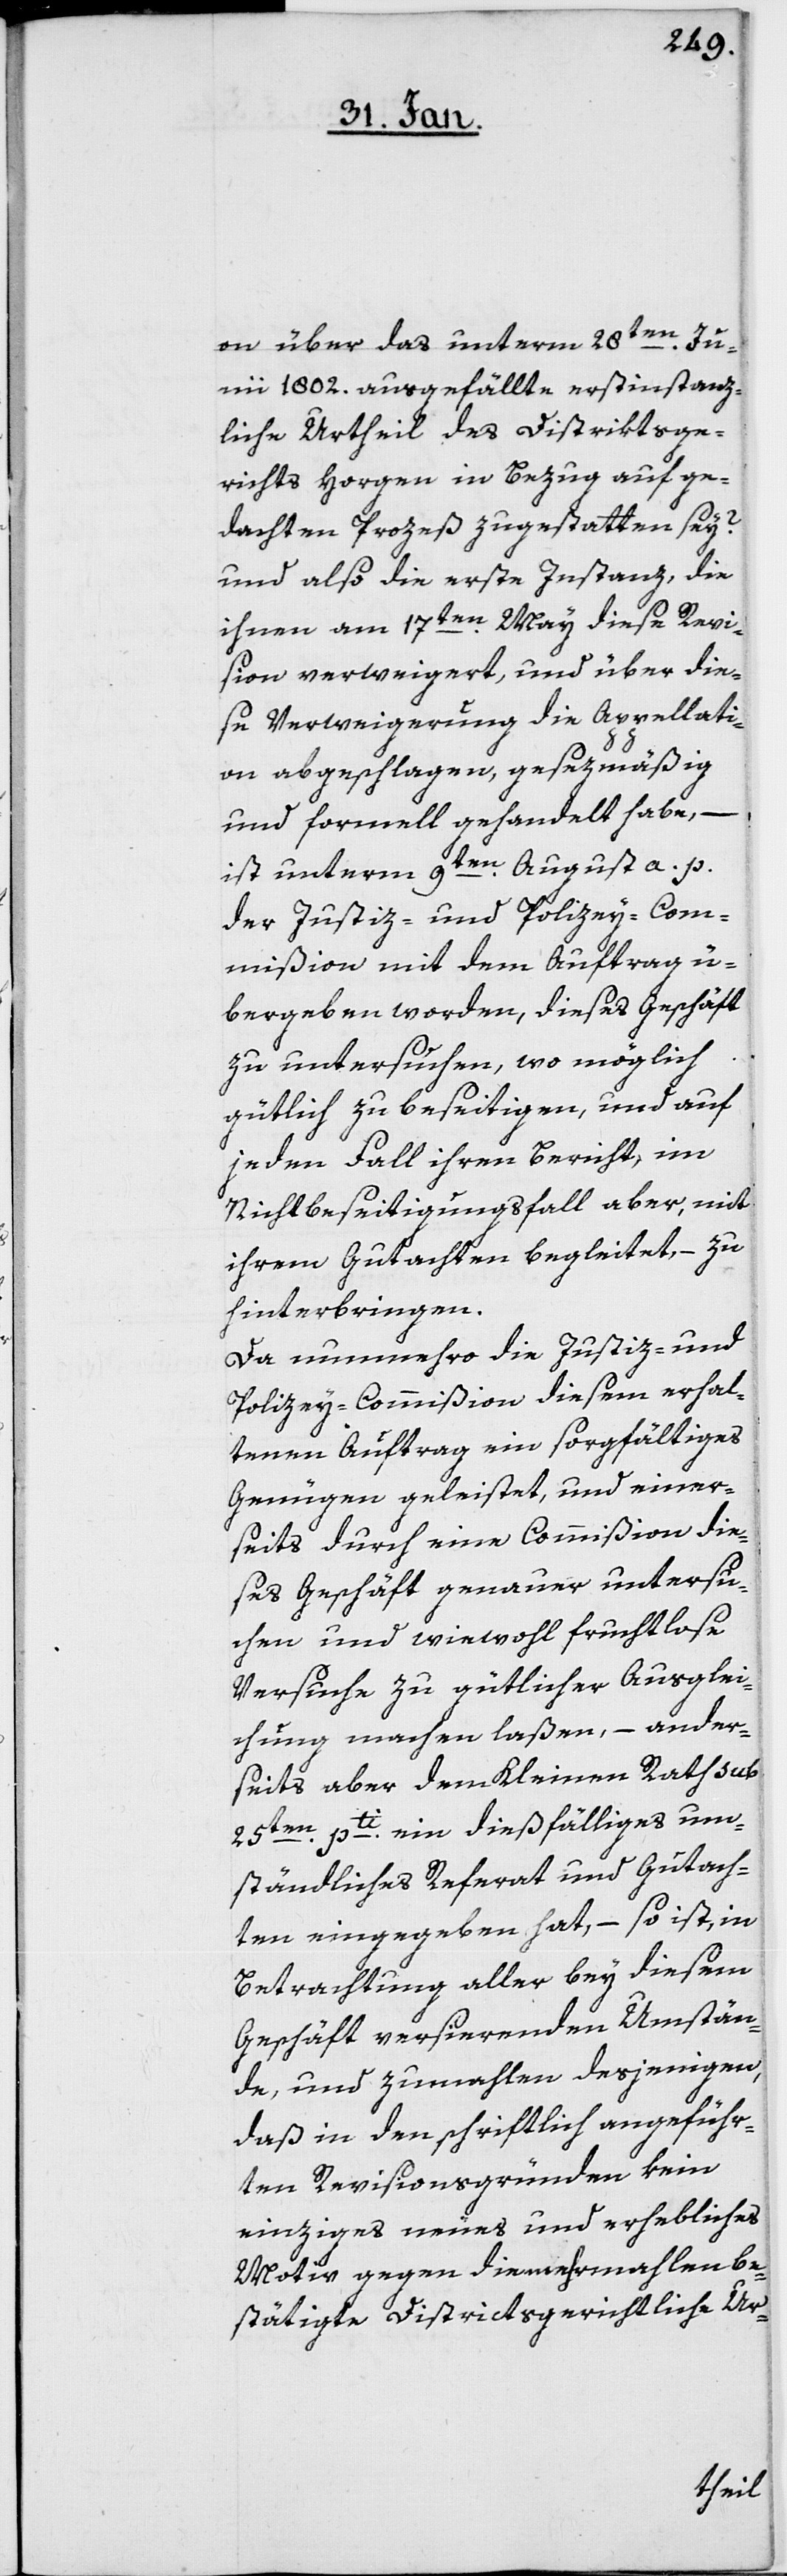
on über das unterm 28ten. Ju¬
nii 1802. ausgefällte erstinstanz¬
liche Urtheil des Distriktsge¬
richts Horgen in Bezug auf ge¬
dachten Prozeß zu gestatten sey?
und also die erste Instanz, die
ihnen am 17ten. May diese Revi¬
sion verweigert, und über die¬
se Verweigerung die Appellati¬
on abgeschlagen, gesezmäßig
ist unterm 9ten. August a. p.
der Justiz- und Polizey-Com¬
mißion mit dem Auftrag ü¬
bergeben worden, dieses Geschäft
zu untersuchen, wo möglich
gütlich zu beseitigen, und auf
jeden Fall ihren Bericht, im
Nichtbeseitigungsfall aber, mit
ihrem Gutachten begleitet, – zu
hinterbringen.
Da nunmehro die Justiz- und
Polizey-Commißion diesem erhal¬
tenen Auftrag ein sorgfältiges
Genügen geleistet, und einer¬
seits durch eine Commißion die¬
ses Geschäft genauer untersu¬
chen und wiewohl fruchtlose
Versuche zu gütlicher Ausglei¬
chung machen laßen, – ander¬
seits aber dem Kleinen Rath sub
25ten. pti. ein dießfälliges um¬
ständliches Referat und Gutach¬
ten eingegeben hat, – so ist, in
Betrachtung aller bey diesem
Geschäft versierenden Umstän¬
de, und zumahlen desjenigen,
daß in den schriftlich angeführ¬
ten Revisionsgründen kein
einziges neues und erhebliches
Motiv gegen die mehrmalen be¬
stätigte Districtsgerichtliche Ur-